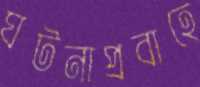
ঘটনাপ্রবাহে